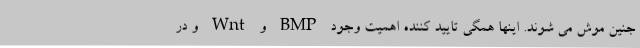
جنین موش می شوند. اینها همگی تایید کننده اهمیت وجود BMP و Wnt و در